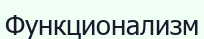
Функционализм